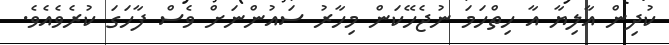
ކުދިން އާލިޔާ އާ ހިތްހަމަ ނުޖެހޭކަން މިހާރު ސައުންނަށް ވެސް ފާހަގަ ކުރެވެއެވެ.